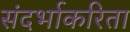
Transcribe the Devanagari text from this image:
संदर्भाकरिता